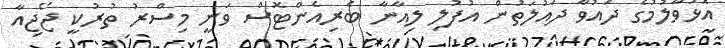
އޮޅުވާލުމުގެ ދައުވާ ދައުލަތުން އުފުލި ލިއާނާ ބެރިއެންޓޮސް ވަނީ މިސްރު ތުރުކީ ޖޯޖިއާ